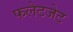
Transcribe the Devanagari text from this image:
फलेटजेट